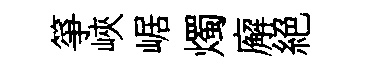
箏峽崌燭廨絕